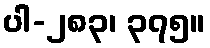
ပါ-၂၈၃၊ ၃၇၅။